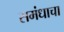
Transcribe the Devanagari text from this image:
समंधाचा